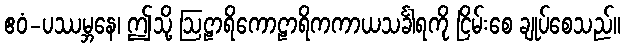
ဧဝံ-ပဿမ္ဘနေ၊ ဤသို့ ဩဠာရိကောဠာရိကကာယသင်္ခါရကို ငြိမ်းစေ ချုပ်စေသည်။